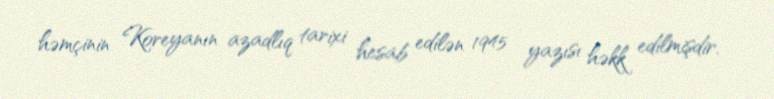
həmçinin Koreyanın azadlıq tarixi hesab edilən 1945 yazısı həkk edilmişdir.